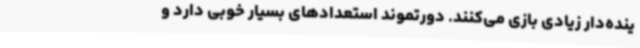
ینده‌دار زیادی بازی می‌کنند. دورتموند استعدادهای بسیار خوبی دارد و